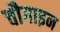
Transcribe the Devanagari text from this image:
चौगाइन